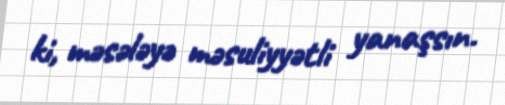
ki, məsələyə məsuliyyətli yanaşsın.